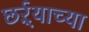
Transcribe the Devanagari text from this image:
छर्ऱ्याच्या